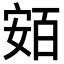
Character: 𡩛